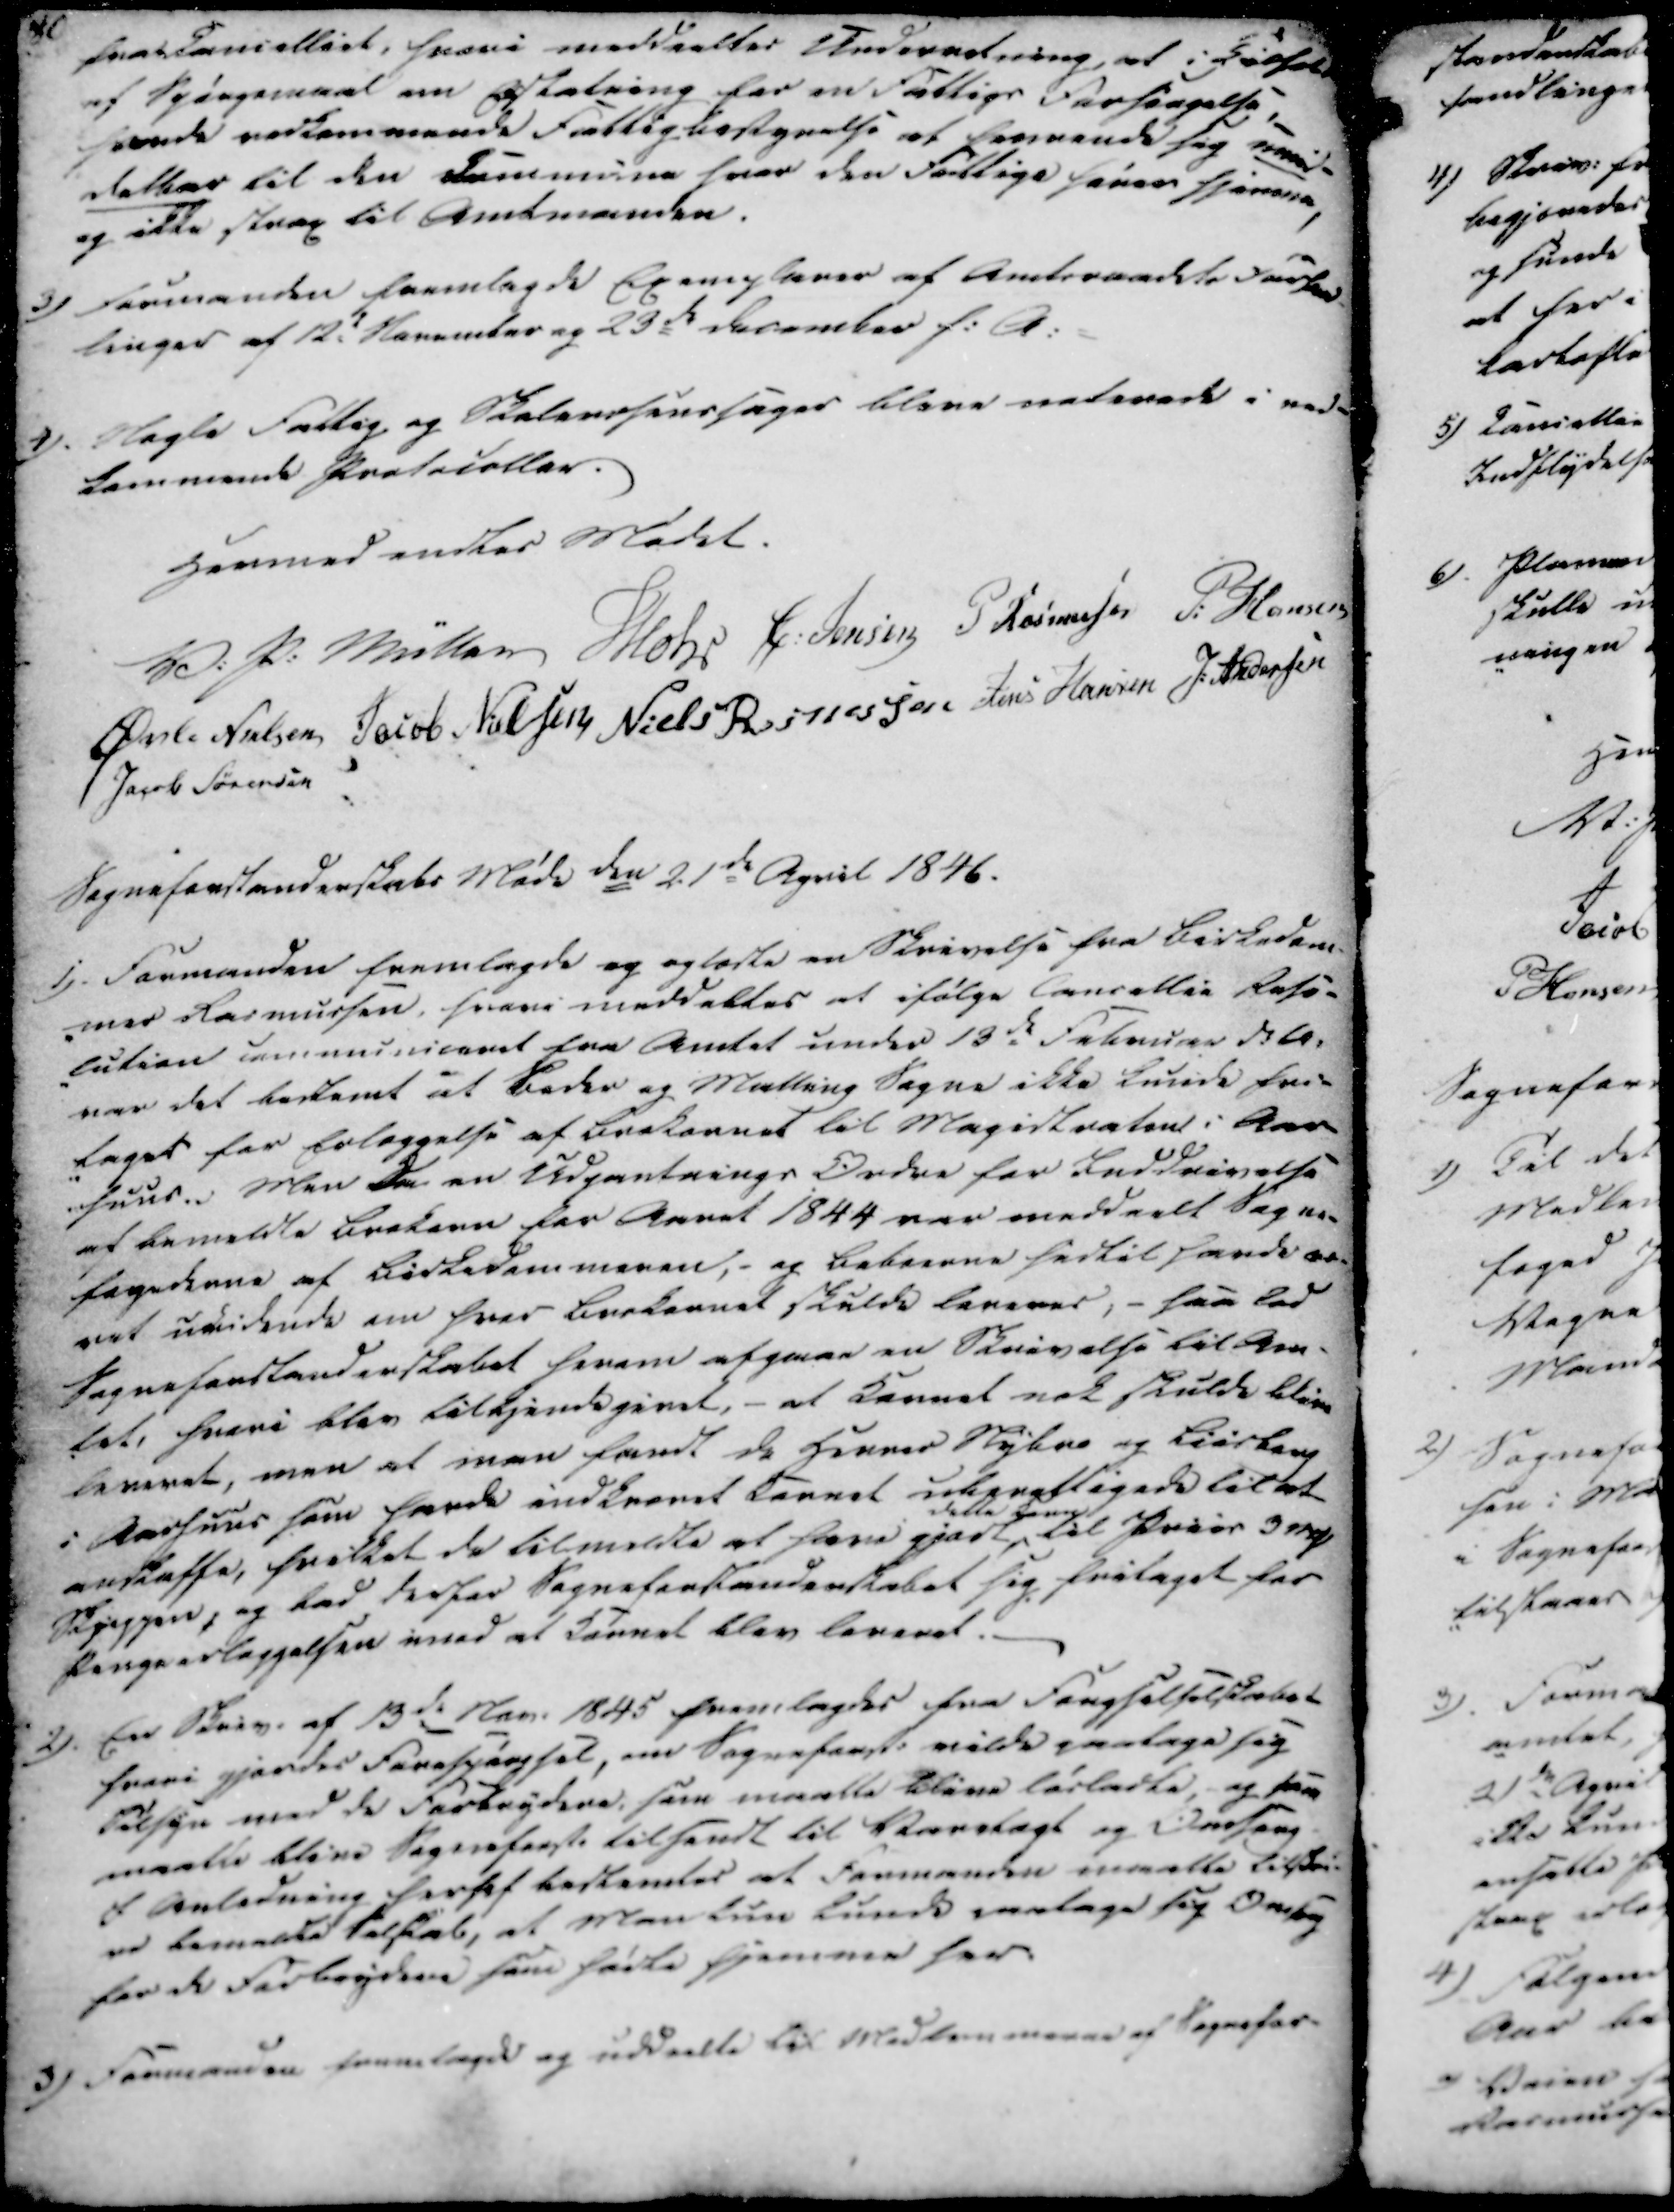
Transskription:
fra Cancelliet, hvori meddeeltes Underretning, at i 
af Spørgsmaal om Erstatning for en Fattigs Forsørgelse,
fevnde vedkommende Fattigbestyrelse at henvende sig meid-
datter til den Commune hvor den Fattige haver hjemme,
og ikke strax til Amtmanden.

3)

Formanden fremlagde Exemplarer af Amtsraadets Forsam-
linger af 12. November og 23de December f.A.

4).

Nogle Fattig og Skolevæsenssager bleve noterede i ved-
kommende Protocoller.

Hermed endtes Mødet.

V. P. Müller
Mohr
C. Jensen
P Rasmussen
P. Hansen
Øvle Nielsen
Jacob Nielsen
Niels Rasmussen
Jens Hansen
J. Andersen
Jacob Sørensen

Sogneforstanderskabs Møde den 21de April 1846.

1)

Formanden fremlagde og oplæste en Skrivelse fra Birkedom-
-mer Rasmussen, hvori meddeltes at ifølge Cancellie Reso-
-lution communiceret fra Amtet under 13de Februar d.A.
var det bestemt at Beder og Malling Sogne ikke kunde fri-
-tages for Erlæggelse af brækornet til Magistraten i Aar-
-huus. Men da en Udpantnings Ordre for Inddrivelse
af bemeldte Brekorn for Aaret 1844 var meddeelt Sogne-
fogederne af Birkedommeren,- og beboerne hertil havde væ-
ret uvidende om hver Brekornet skulde leveres, - saa lod
Sogneforstanderskabet herom afgaae en Skrivelse til Am-
tet, hvori blev tilkjendegivet, - at Kornet nok skulde blive
leveret, men at man fandt de Herrer Nybro og Bierhaug
i Aarhuus som havde indkrævet Kornet uberettigede til at
anskaffe, hvilket de tilmeldte at have gjort dette Korn til Priis 3 
Skjeppen, og bad derfor Sogneforstanderskabet sig fritaget for
Pengeerlæggelsen imod at Kornet blev leveret.

2).

Een Skriv. af 13de Nov. 1845 fremlagdes fra Fængselselskabet
hvori gjordes Forespørgsel, om Sogneforst. vilde paatage sig
Tilsyn med de Forbrydere, som maatte blive løsladte, og som
maatte blive Sogneforst. tilsendt til Varetægt og Omsorg
I Anledning herfaf bestemtes at Formanden maatte tilskri-
ve bemeldte Selskab, at Man kun kunde paatage sig Omsorg
for de Forbrydene som hørte hjemme her.

3)

Formanden fremlagde og uddeelte til Medlemmerne af Sognefor-